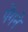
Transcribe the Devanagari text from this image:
पेंगने